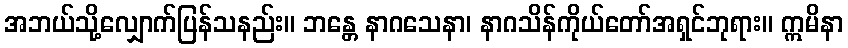
အဘယ်သို့လျှောက်ပြန်သနည်း။ ဘန္တေ နာဂသေနာ၊ နာဂသိန်ကိုယ်တော်အရှင်ဘုရား။ ဣမိနာ